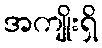
အကျိုးရှိ